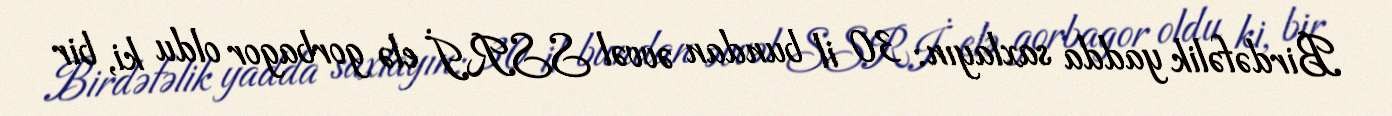
Birdəfəlik yadda saxlayın: 30 il bundan əvvəl SSRİ elə gorbagor oldu ki, bir